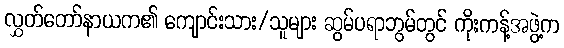
လွှတ်တော်နာယက၏ ကျောင်းသား/သူများ ဆွမ်ပရာဘွမ်တွင် ကိုးကန့်အဖွဲ့က